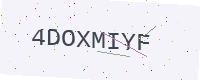
Text: 4DOXMIYF